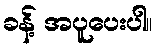
ခန့် အပူပေးပါ။